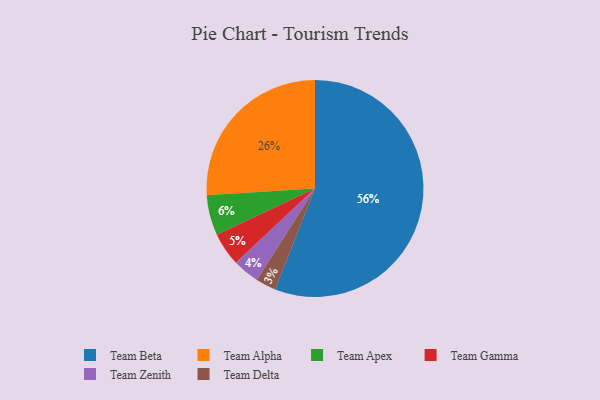
{"axis": {"x": "Category", "y": "Percentage"}, "legend": ["Team Alpha", "Team Apex", "Team Beta", "Team Delta", "Team Gamma", "Team Zenith"], "data": [{"x": "Team Apex", "y": 6, "type": "Team Apex"}, {"x": "Team Beta", "y": 56, "type": "Team Beta"}, {"x": "Team Alpha", "y": 26, "type": "Team Alpha"}, {"x": "Team Gamma", "y": 5, "type": "Team Gamma"}, {"x": "Team Delta", "y": 3, "type": "Team Delta"}, {"x": "Team Zenith", "y": 4, "type": "Team Zenith"}]}